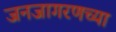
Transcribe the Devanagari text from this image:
जनजागरणच्या